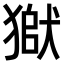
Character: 𤠒